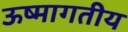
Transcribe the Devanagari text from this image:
ऊष्मागतीय